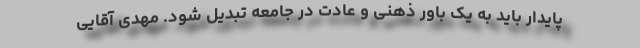
پایدار باید به یک باور ذهنی و عادت در جامعه تبدیل شود. مهدی آقایی